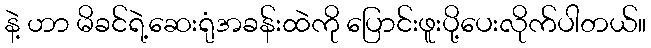
နဲ့ ဟာ မိခင်ရဲ့ဆေးရုံအခန်းထဲကို ပြောင်းဖူးပို့ပေးလိုက်ပါတယ်။